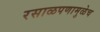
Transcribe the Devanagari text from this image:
रसाळपणामुळेच